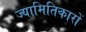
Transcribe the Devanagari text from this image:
ज्यामितिकारों